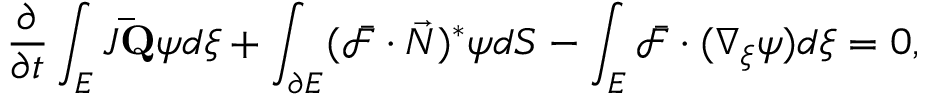
\frac { \partial } { \partial t } \int _ { E } J \mathbf { \bar { Q } } \psi d \xi + \int _ { \partial E } ( \bar { \mathcal { F } } \cdot \vec { N } ) ^ { * } \psi d S - \int _ { E } \bar { \mathcal { F } } \cdot ( \nabla _ { \xi } \psi ) d \xi = 0 ,